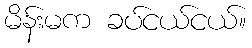
မိန်းမက ခပ်ငယ်ငယ်။